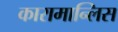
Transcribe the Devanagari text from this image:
कारामान्लिस